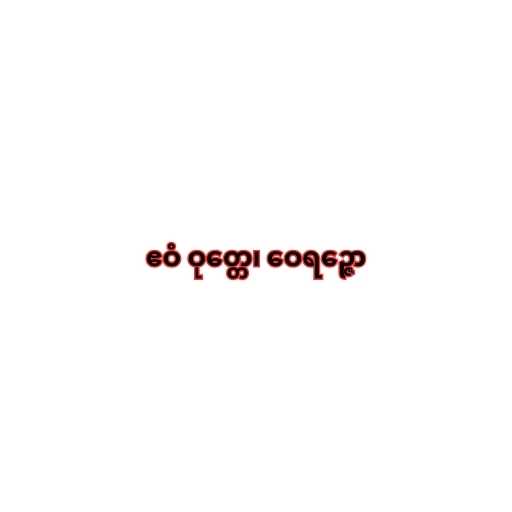
ဧဝံ ဝုတ္တေ၊ ဝေရဉ္ဇော